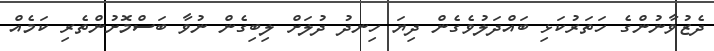
ދެޒުވާނުންގެ ހަތަރުކަޅި ބައްދަލުވެގެން ދިޔަ ހިނދު ދުލަށް ލިބިގެން ނުވާ ބަސްމޮށުންތެރި ކަމެއް